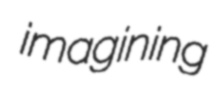
imagining